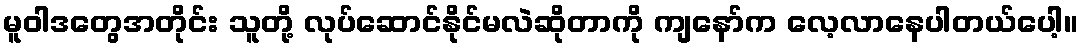
မူဝါဒတွေအတိုင်း သူတို့ လုပ်ဆောင်နိုင်မလဲဆိုတာကို ကျနော်က လေ့လာနေပါတယ်ပေါ့။